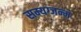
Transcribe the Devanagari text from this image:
सम्यग्जन्म